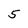
Character: 5